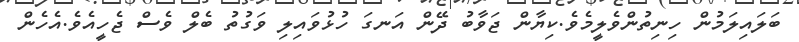
ބަލައިލަމުން ހިނިތުންވެލީމެވެ.ކިޔާން ޖަވާބު ދޭން އަނގަ ހުޅުވައިލި ވަގުތު ބެލް ވެސް ޖެހީއެވެ.އެހެން